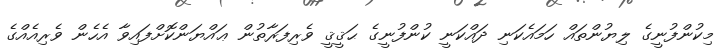
މިކުންފުނީގެ ލިޔުންތައް ހަމައެކަނި ދައްކަނީ ކުންފުނީގެ ޙަޤީޤީ ވެރިފަރާތުން ޢައްޔަންކޮށްފައިވާ އެހެން ވެރިއެއްގެ